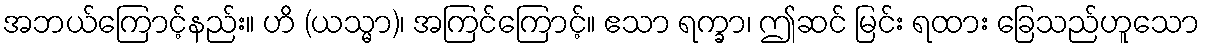
အဘယ်ကြောင့်နည်း။ ဟိ (ယသ္မာ)၊ အကြင်ကြောင့်။ ဧသာ ရက္ခာ၊ ဤဆင် မြင်း ရထား ခြေသည်ဟူသော